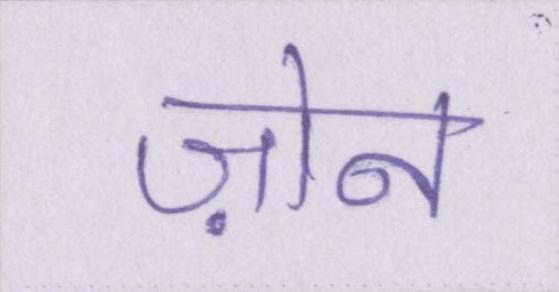
ज़ोन